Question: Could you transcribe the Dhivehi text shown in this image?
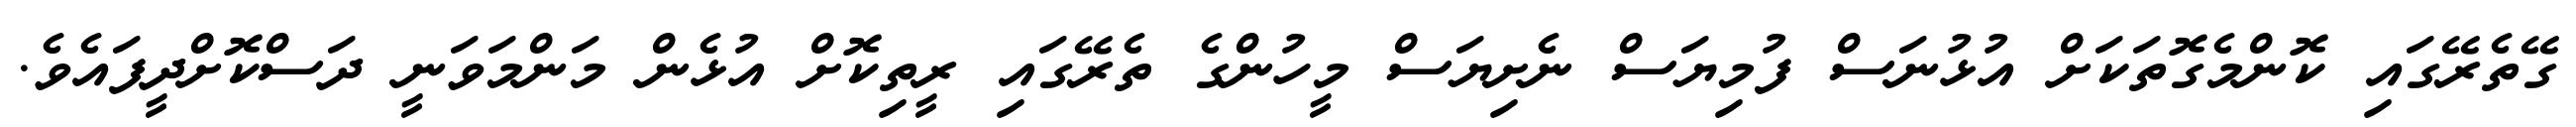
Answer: ގޭތެރޭގައި ކޮންމެގޮތަކަށް އުޅުނަސް ފުމިޔަސް ނެށިޔަސް މީހުންގެ ތެރޭގައި ރީތިކޮށް އުޅެން މަންމަވަނީ ދަސްކޮށްދީފައެވެ.